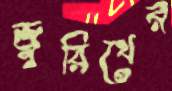
জুরিখের